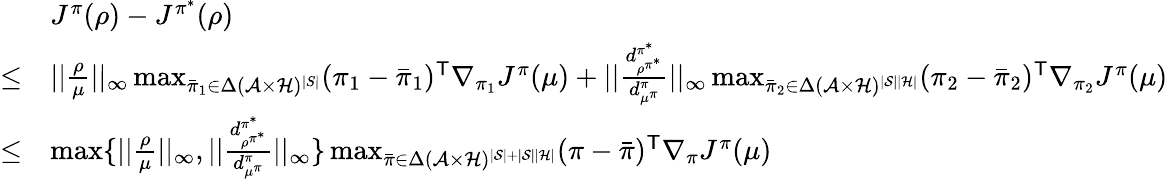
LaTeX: \begin{array}{rl}&{J^{\pi}(\rho)-J^{\pi^{*}}(\rho)}\\ {\le}&{||\frac{\rho}{\mu}||_{\infty}\operatorname*{max}_{\bar{\pi}_{1}\in{\Delta}(\mathcal{A}\times\mathcal{H})^{|S|}}(\pi_{1}-\bar{\pi}_{1})^{\mathsf T}\nabla_{\pi_{1}}J^{\pi}(\mu)+||\frac{d_{\rho^{\pi^{*}}}^{\pi^{*}}}{d_{\mu^{\pi}}^{\pi}}||_{\infty}\operatorname*{max}_{\bar{\pi}_{2}\in\Delta(\mathcal{A}\times\mathcal{H})^{|\mathcal{S}||\mathcal{H}|}}(\pi_{2}-\bar{\pi}_{2})^{\mathsf T}\nabla_{\pi_{2}}J^{\pi}(\mu)}\\ {{\le}}&{\operatorname*{max}\{ ||\frac{\rho}{\mu}||_{\infty},||\frac{d_{\rho^{\pi^{*}}}^{\pi^{*}}}{d_{\mu^{\pi}}^{\pi}}||_{\infty}\} \operatorname*{max}_{\bar{\pi}\in{\Delta}(\mathcal{A}\times\mathcal{H})^{|\mathcal{S}|+|\mathcal{S}||\mathcal{H}|}}(\pi-\bar{\pi})^{\mathsf T}\nabla_{\pi}J^{\pi}(\mu)}\end{array}